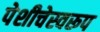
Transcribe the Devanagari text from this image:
पेशीचेस्वरूप